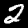
Label: 2